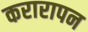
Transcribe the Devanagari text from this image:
करारापन